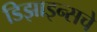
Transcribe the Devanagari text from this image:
डिझाइन्सचे